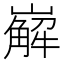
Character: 𡽖